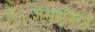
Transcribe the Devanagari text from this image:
है।जनसँख्या